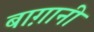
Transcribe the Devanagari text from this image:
बाग़ानी